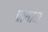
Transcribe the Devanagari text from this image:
प्रासाद।